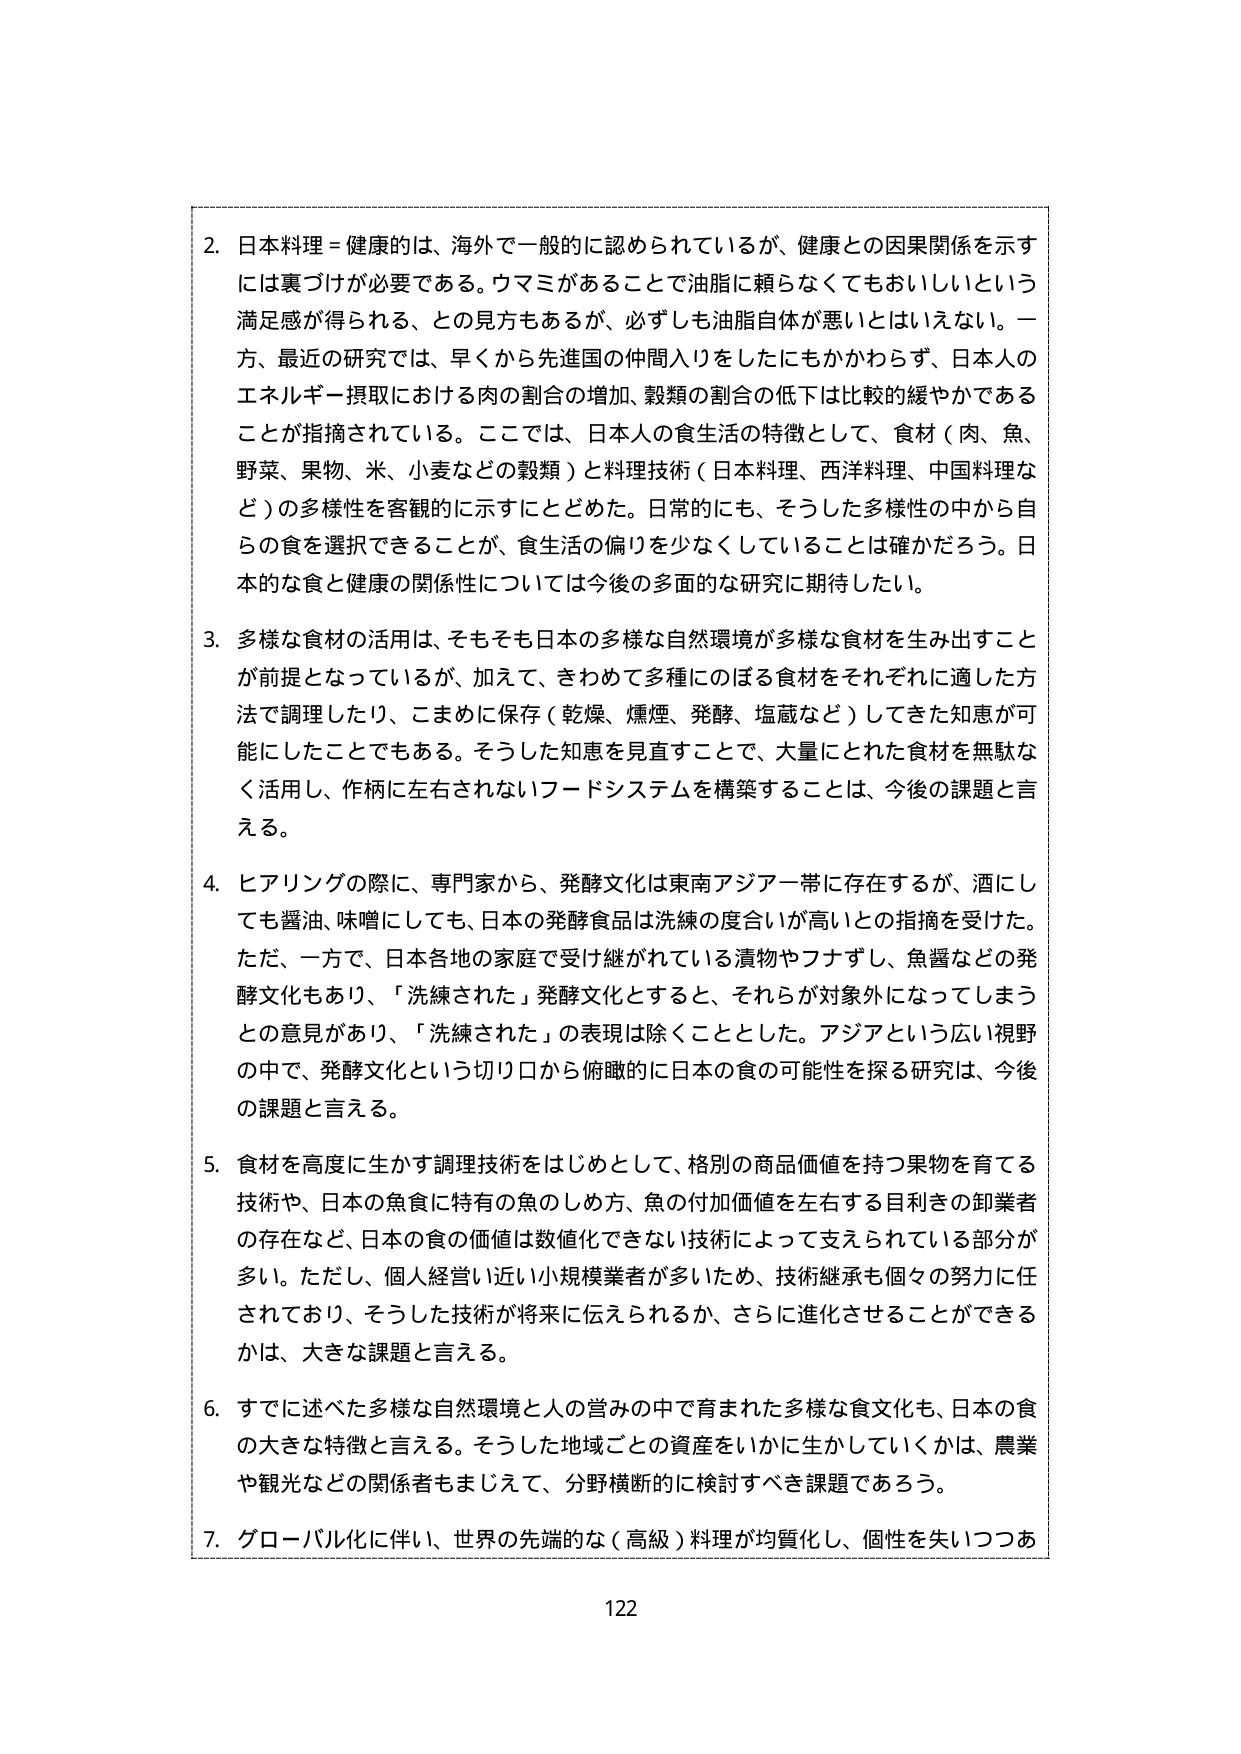
2. 日本料理＝健康的は、海外で一般的に認められているが、健康との因果関係を示すには裏づけが必要である。ウマミがあることで油脂に頼らなくてもおいしいという満足感が得られる、との見方もあるが、必ずしも油脂自体が悪いとはいえない。一方、最近の研究では、早くから先進国の仲間入りをしたにもかかわらず、日本人のエネルギー摂取における肉の割合の増加、穀類の割合の低下は比較的緩やかであることが指摘されている。ここでは、日本人の食生活の特徴として、食材（肉、魚、野菜、果物、米、小麦などの穀類）と料理技術（日本料理、西洋料理、中国料理など）の多様性を客観的に示すにとどめた。日常的にも、そうした多様性の中から自らの食を選択できること、食生活の偏りを少なくしていることは確かだろう。日本的な食と健康の関係性については今後の多面的な研究に期待したい。

3. 多様な食材の活用は、そもそも日本の多様な自然環境が多様な食材を生み出すことが前提となっているが、加えて、きわめて多種にのぼる食材をそれぞれに適した方法で調理したり、こまめに保存（乾燥、燻煙、発酵、塩蔵など）してきた知恵が可能にしたことでもある。そうした知恵を見直すことで、大量にとれた食材を無駄なく活用し、作柄に左右されないフードシステムを構築することは、今後の課題と言える。

4. ヒアリングの際に、専門家から、発酵文化は東南アジア一帯に存在するが、酒にしても醤油、味噌にしても、日本の発酵食品は洗練の度合いが高いとの指摘を受けた。ただ、一方で、日本各地の家庭で受け継がれている漬物やフナずし、魚醤などの発酵文化もあり、「洗練された」発酵文化とすると、それらが対象外になってしまうとの意見があり、「洗練された」の表現は除くこととした。アジアという広い視野の中で、発酵文化という切り口から俯瞰的に日本の食の可能性を探る研究は、今後の課題と言える。

5. 食材を高度に生かす調理技術をはじめとして、格別の商品価値を持つ果物を育てる技術や、日本の魚食に特有の魚のしめ方、魚の付加価値を左右する目利きの卸業者の存在など、日本の食の価値は数値化できない技術によって支えられている部分が多い。ただし、個人経営に近い小規模業者が多いため、技術継承も個々の努力に任されており、そうした技術が将来に伝えられるか、さらに進化させることができるかは、大きな課題と言える。

6. すでに述べた多様な自然環境と人の営みの中で育まれた多様な食文化も、日本の食の大きな特徴と言える。そうした地域ごとの資産をいかに生かしていくかは、農業や観光などの関係者もまじえて、分野横断的に検討すべき課題であろう。

7. グローバル化に伴い、世界の先端的な（高級）料理が均質化し、個性を失いつつあ

122